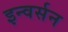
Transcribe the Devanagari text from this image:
इन्वर्सन